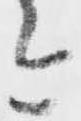
今